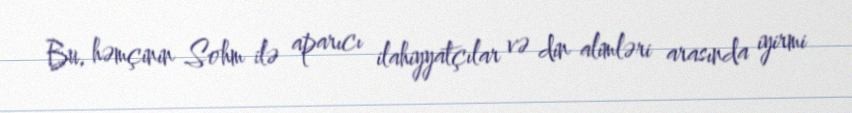
Bu, həmçinin Sohm ilə aparıcı ilahiyyatçılar və din alimləri arasında iyirmi